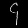
Digit: ၄